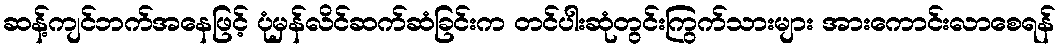
ဆန့်ကျင်ဘက်အနေဖြင့် ပုံမှန်လိင်ဆက်ဆံခြင်းက တင်ပါးဆုံတွင်းကြွက်သားများ အားကောင်းလာစေရန်